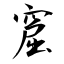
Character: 窟